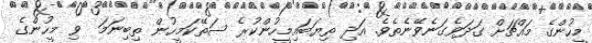
މީހުންގެ މައްޗަށް ގަދަވެގަނެވޭނެތެވެ. އަދި ތިޔަބައިމީހުންކުރެ ސަތޭކަމީހުން ތިބިނަމަ  ވި މީހުންގެ